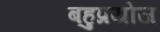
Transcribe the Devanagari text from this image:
बहुप्रयोज